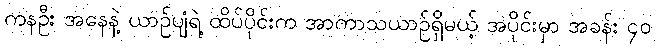
ကနဦး အနေနဲ့ ယာဉ်ပျံရဲ့ ထိပ်ပိုင်းက အာကာသယာဉ်ရှိမယ့် အပိုင်းမှာ အခန်း ၄၀